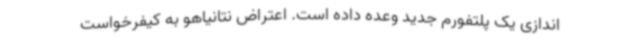
اندازی یک پلتفورم جدید وعده داده است. اعتراض نتانیاهو به کیفرخواست